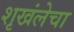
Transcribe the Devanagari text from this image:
शृखंलेचा